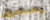
يحتجزون